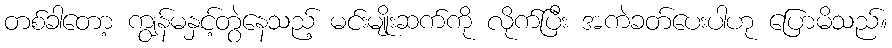
တစ်ခါတော့ ကျွန်မနှင့်တွဲနေသည့် မင်းမျိုးဆက်ကို လိုက်ပြီး အကဲခတ်ပေးပါဟု ပြောမိသည်။